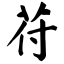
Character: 苻